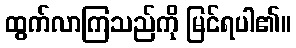
ထွက်လာကြသည်ကို မြင်ရပါ၏။